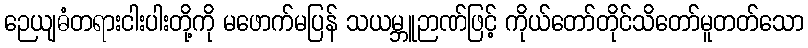
ဉေယျဓံတရားငါးပါးတို့ကို မဖောက်မပြန် သယမ္ဘူဉာဏ်ဖြင့် ကိုယ်တော်တိုင်သိတော်မူတတ်သော